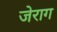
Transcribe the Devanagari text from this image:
जेराग